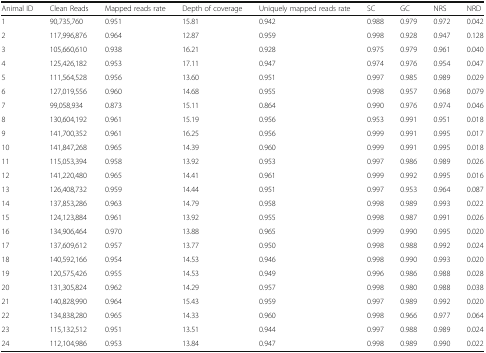
<table><thead><tr><td><b>Animal ID</b></td><td><b>Clean Reads</b></td><td><b>Mapped reads rate</b></td><td><b>Depth of coverage</b></td><td><b>Uniquely mapped reads rate</b></td><td><b>SC</b></td><td><b>GC</b></td><td><b>NRS</b></td><td><b>NRD</b></td></tr></thead><tbody><tr><td>1</td><td>90,735,760</td><td>0.951</td><td>15.81</td><td>0.942</td><td>0.988</td><td>0.979</td><td>0.972</td><td>0.042</td></tr><tr><td>2</td><td>117,996,876</td><td>0.964</td><td>12.87</td><td>0.959</td><td>0.998</td><td>0.928</td><td>0.947</td><td>0.128</td></tr><tr><td>3</td><td>105,660,610</td><td>0.938</td><td>16.21</td><td>0.928</td><td>0.975</td><td>0.979</td><td>0.961</td><td>0.040</td></tr><tr><td>4</td><td>125,426,182</td><td>0.953</td><td>17.11</td><td>0.947</td><td>0.974</td><td>0.976</td><td>0.954</td><td>0.047</td></tr><tr><td>5</td><td>111,564,528</td><td>0.956</td><td>13.60</td><td>0.951</td><td>0.997</td><td>0.985</td><td>0.989</td><td>0.029</td></tr><tr><td>6</td><td>127,019,556</td><td>0.960</td><td>14.68</td><td>0.955</td><td>0.998</td><td>0.957</td><td>0.968</td><td>0.079</td></tr><tr><td>7</td><td>99,058,934</td><td>0.873</td><td>15.11</td><td>0.864</td><td>0.990</td><td>0.976</td><td>0.974</td><td>0.046</td></tr><tr><td>8</td><td>130,604,192</td><td>0.961</td><td>15.19</td><td>0.956</td><td>0.953</td><td>0.991</td><td>0.951</td><td>0.018</td></tr><tr><td>9</td><td>141,700,352</td><td>0.961</td><td>16.25</td><td>0.956</td><td>0.999</td><td>0.991</td><td>0.995</td><td>0.017</td></tr><tr><td>10</td><td>141,847,268</td><td>0.965</td><td>14.39</td><td>0.960</td><td>0.999</td><td>0.991</td><td>0.995</td><td>0.018</td></tr><tr><td>11</td><td>115,053,394</td><td>0.958</td><td>13.92</td><td>0.953</td><td>0.997</td><td>0.986</td><td>0.989</td><td>0.026</td></tr><tr><td>12</td><td>141,220,480</td><td>0.965</td><td>14.41</td><td>0.961</td><td>0.999</td><td>0.992</td><td>0.995</td><td>0.016</td></tr><tr><td>13</td><td>126,408,732</td><td>0.959</td><td>14.44</td><td>0.951</td><td>0.997</td><td>0.953</td><td>0.964</td><td>0.087</td></tr><tr><td>14</td><td>137,853,286</td><td>0.963</td><td>14.79</td><td>0.958</td><td>0.998</td><td>0.989</td><td>0.993</td><td>0.022</td></tr><tr><td>15</td><td>124,123,884</td><td>0.961</td><td>13.92</td><td>0.955</td><td>0.998</td><td>0.987</td><td>0.991</td><td>0.026</td></tr><tr><td>16</td><td>134,906,464</td><td>0.970</td><td>13.88</td><td>0.965</td><td>0.999</td><td>0.990</td><td>0.995</td><td>0.020</td></tr><tr><td>17</td><td>137,609,612</td><td>0.957</td><td>13.77</td><td>0.950</td><td>0.998</td><td>0.988</td><td>0.992</td><td>0.024</td></tr><tr><td>18</td><td>140,592,166</td><td>0.954</td><td>14.53</td><td>0.946</td><td>0.998</td><td>0.990</td><td>0.993</td><td>0.020</td></tr><tr><td>19</td><td>120,575,426</td><td>0.955</td><td>14.53</td><td>0.949</td><td>0.996</td><td>0.986</td><td>0.988</td><td>0.028</td></tr><tr><td>20</td><td>131,305,824</td><td>0.962</td><td>14.29</td><td>0.957</td><td>0.998</td><td>0.980</td><td>0.988</td><td>0.038</td></tr><tr><td>21</td><td>140,828,990</td><td>0.964</td><td>15.43</td><td>0.959</td><td>0.997</td><td>0.989</td><td>0.992</td><td>0.020</td></tr><tr><td>22</td><td>134,838,280</td><td>0.965</td><td>14.33</td><td>0.960</td><td>0.998</td><td>0.966</td><td>0.977</td><td>0.064</td></tr><tr><td>23</td><td>115,132,512</td><td>0.951</td><td>13.51</td><td>0.944</td><td>0.997</td><td>0.988</td><td>0.989</td><td>0.024</td></tr><tr><td>24</td><td>112,104,986</td><td>0.953</td><td>13.84</td><td>0.947</td><td>0.998</td><td>0.989</td><td>0.990</td><td>0.022</td></tr></tbody></table>